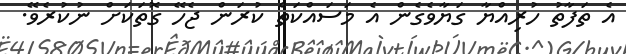
އެ ތަފާތު ހުރިއްޔާ ގަޔާވެގެން އެ މަސައްކަތް ކުރަން ޖެހޭ ގޮތަކަށް ނުކުރެވޭ.